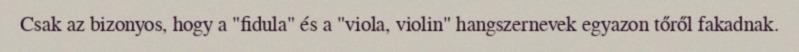
Csak az bizonyos, hogy a "fidula" és a "viola, violin" hangszernevek egyazon tőről fakadnak.